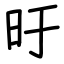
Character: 旴